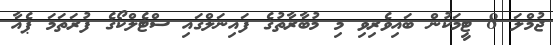
ޖުމްލަ 8 ޓީމަކުން ބައިވެރިވި މި މުބާރާތުގެ ފައިނަލްގައި ސްޓެލްކޯގެ ފުރަތަމަ ޕެއާ